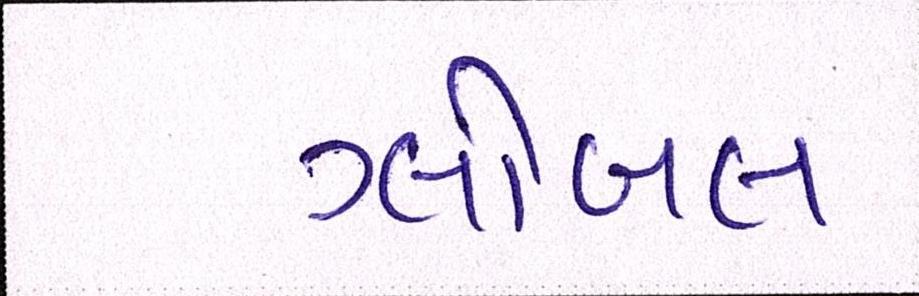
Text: ગ્લોબલ